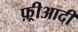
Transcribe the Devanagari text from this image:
फ़्रीआदीं